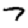
Digit: 7